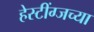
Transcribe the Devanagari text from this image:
हेस्टींग्जच्या